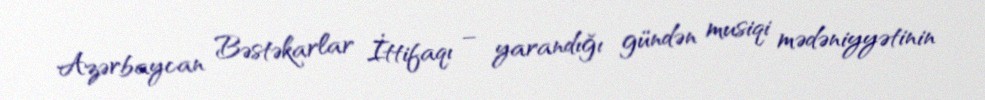
Azərbaycan Bəstəkarlar İttifaqı – yarandığı gündən musiqi mədəniyyətinin